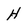
Character: H